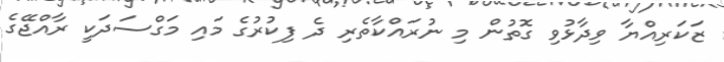
ޒަކަރިއްޔާ ވިދާޅުވި ގޮތުން މި ނުރައްކާތެރި ދެ ފިކުރުގެ މައި މަގްސަދަކީ ރާއްޖޭގެ